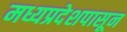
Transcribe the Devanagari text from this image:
मध्यप्रदेशपासून